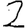
Digit: 2